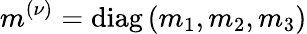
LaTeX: m^{(\nu)}=\mathrm{diag}\left(m_{1},m_{2},m_{3}\right)